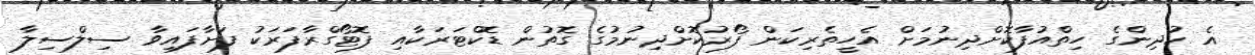
އެ ކުދިންގެ ހިތްއުފާކޮށްދިނުމަށް އެހީތެރިކަން ފޯރުކޮށްދިނުމުގެ ގޮތުން ޑޮކްޓަރަކާއި ފޮޓޯގްރާފަރަކު ފަށާފައިވާ ސިލްސިލާ